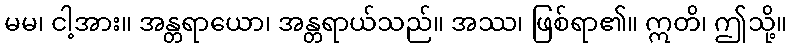
မမ၊ ငါ့အား။ အန္တရာယော၊ အန္တရာယ်သည်။ အဿ၊ ဖြစ်ရာ၏။ ဣတိ၊ ဤသို့။